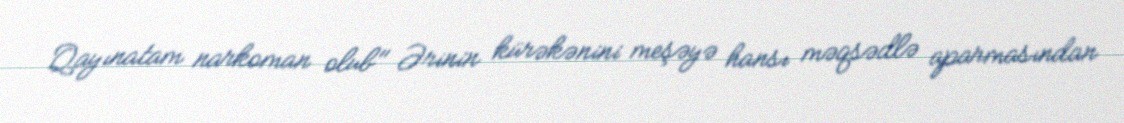
Qayınatam narkoman olub" Ərinin kürəkənini meşəyə hansı məqsədlə aparmasından